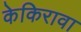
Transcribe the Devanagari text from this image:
केकिरावा